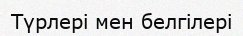
Түрлері мен белгілері